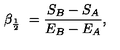
\beta _ { { \frac { 1 } { 2 } } } \ = { \frac { S _ { B } - S _ { A } } { E _ { B } - E _ { A } } } ,